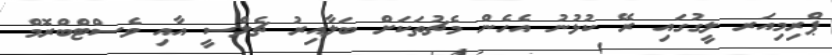
ޕްރިމިއަރ ލީގުގައި ރޭ ކުޅުނު އެހެން މެޗުތަކަށް ބަލާއިރު ޗެލްސީ އާއި ވެސްޓްބްރޮމް